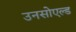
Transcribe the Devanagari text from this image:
उनसोएल्ड